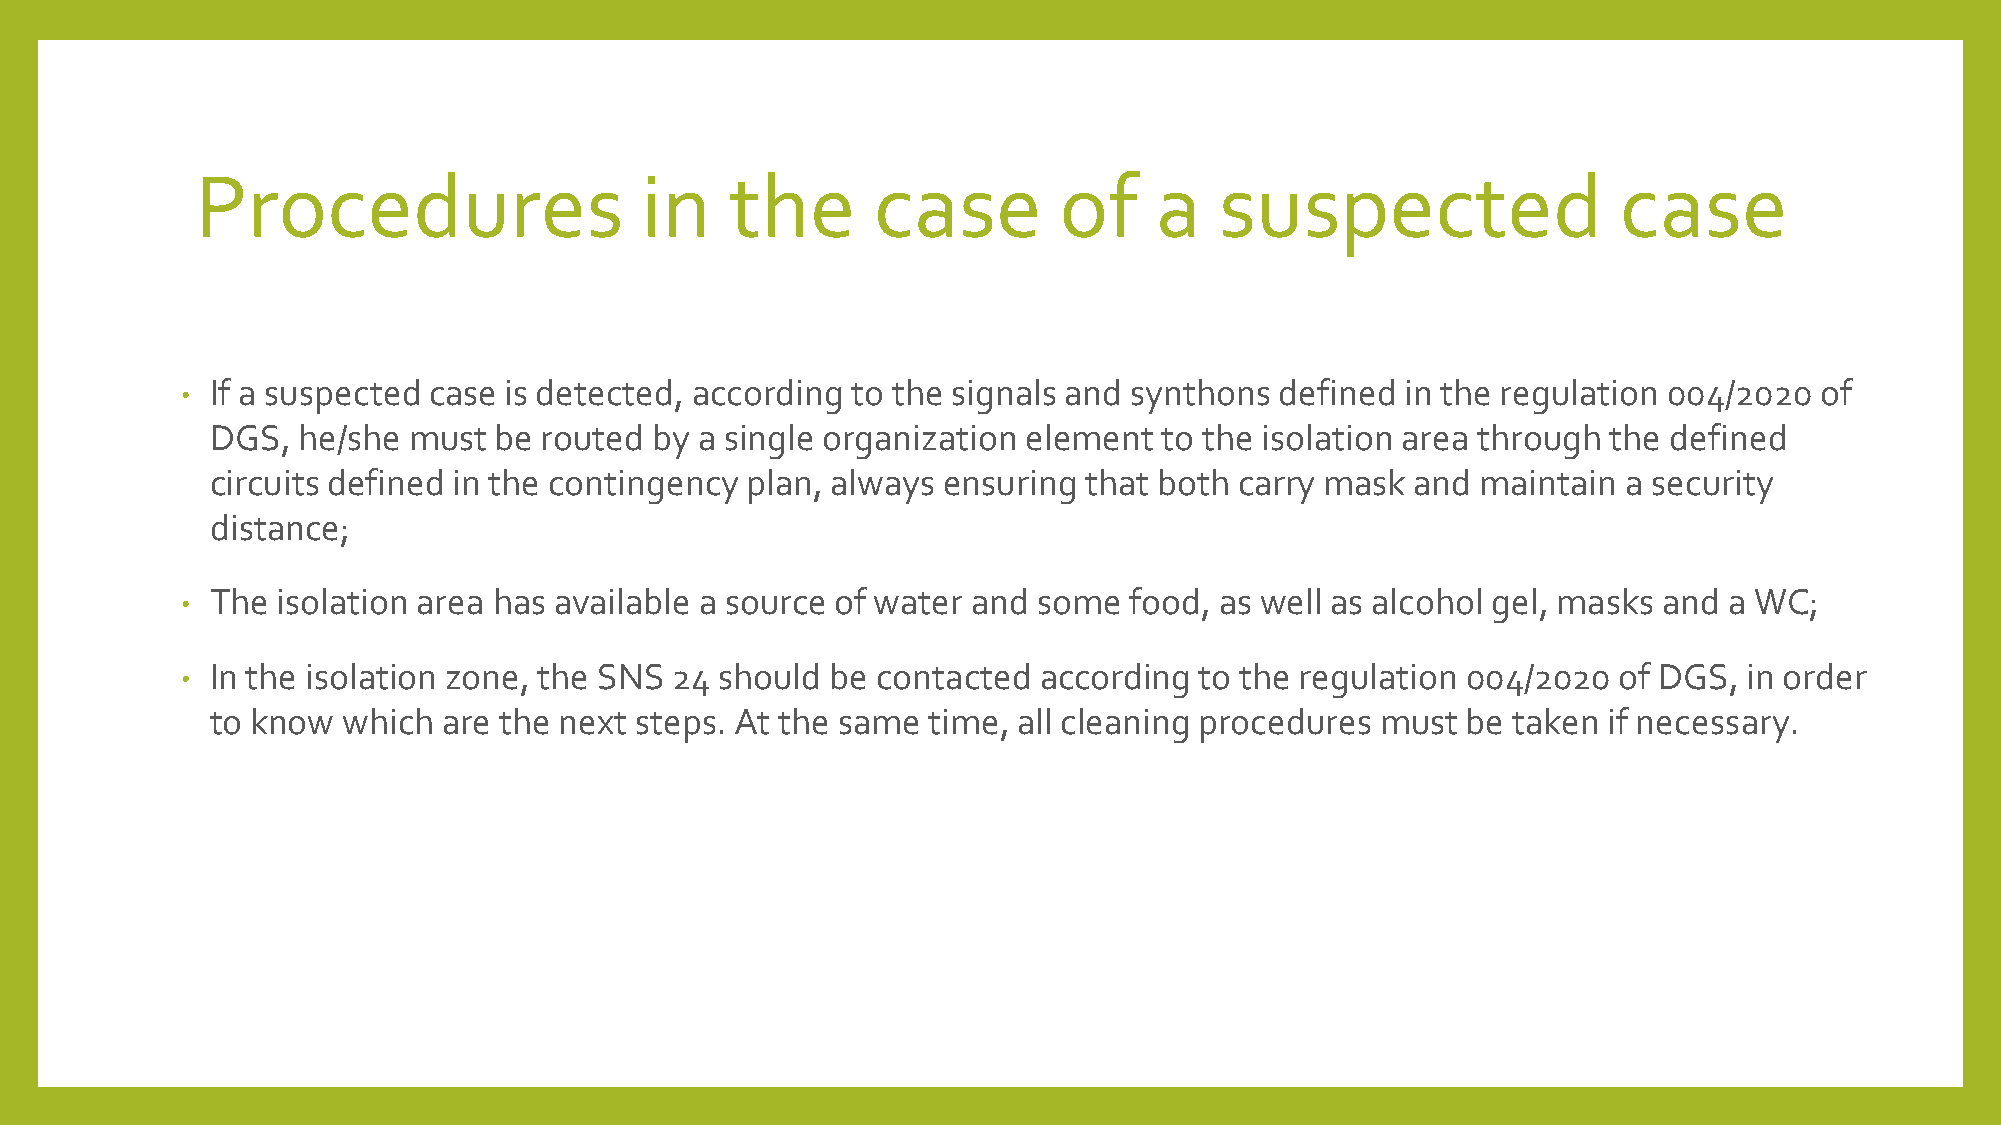
Procedures                   in    the       case        of    a    suspected                 case
 • If a suspected case is detected, according to the signals and synthons defined in the regulation 004/2020 of
 DGS,  he/she must  be routed by a single organization element  to the isolation area through the defined
 circuits defined in the contingency plan, always ensuring that both carry mask  and maintain  a security
 distance;
 • The isolation area has available a source of water and some  food, as well as alcohol gel, masks and a WC;
 • In the isolation zone, the SNS 24 should be contacted  according to the regulation 004/2020  of DGS,  in order
 to know  which are the next steps. At the same time, all cleaning procedures must  be taken if necessary.